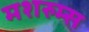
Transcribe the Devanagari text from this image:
मशरुम्स